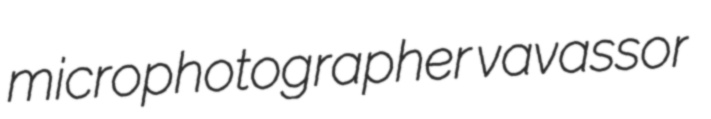
microphotographer vavassor